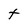
Character: t